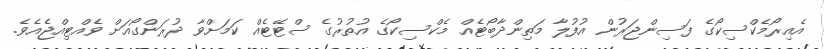
އެއިރޯމެކްސިކޯގެ ފަސިންޖަރުން އުފުލާ މަތިންދާބޯޓެއް މެކްސިކޯގެ އުތުރުގެ ސްޓޭޓެއް ކަމަށްވާ ދުރަންގޯއަށް ވެއްޓިއްޖެއެވެ.